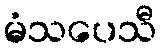
မံသပေသီ